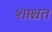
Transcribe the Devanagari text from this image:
शाश्चत